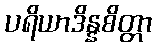
ပရိယာဒိန္နစိတ္တာ